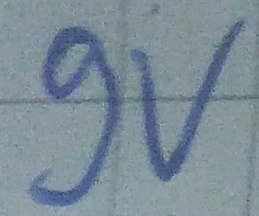
Text: 9v